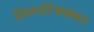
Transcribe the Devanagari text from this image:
शिवचरित्राबाबत